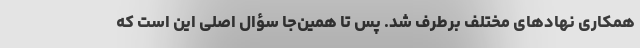
همکاری نهادهای مختلف برطرف شد. پس تا همین‌جا سؤال اصلی این است که